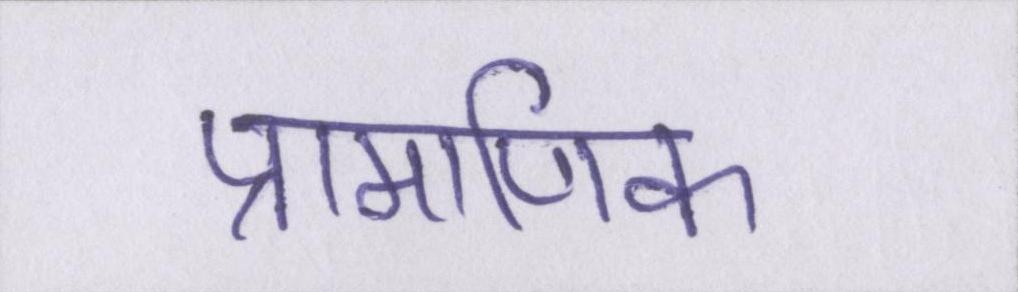
प्रामाणिक